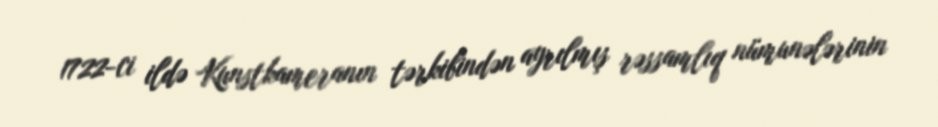
1722-ci ildə Kunstkameranın tərkibindən ayrılmış rəssamlıq nümunələrinin